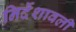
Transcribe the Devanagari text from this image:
निर्देशावली